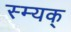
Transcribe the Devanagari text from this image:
स्म्यक्‌